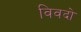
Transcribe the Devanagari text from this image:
विवदो